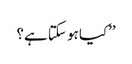
’’کیا ہو سکتا ہے؟